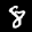
Label: 8